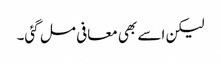
لیکن اسے بھی معافی مل گئی۔